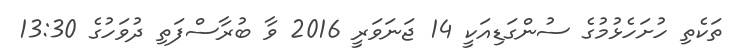
ތަކެތި ހުށަހެޅުމުގެ ސުންގަޑިއަކީ 14 ޖަނަވަރީ 2016 ވާ ބުރާސްފަތި ދުވަހުގެ 13:30